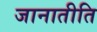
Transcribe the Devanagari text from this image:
जानातीति